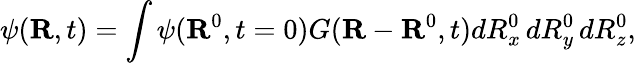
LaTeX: \psi(\mathbf{R},t)=\int\psi(\mathbf{R}^{0},t=0)G(\mathbf{R}-\mathbf{R}^{0},t)dR_{x}^{0}\, dR_{y}^{0}\, dR_{z}^{0},